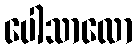
ပေါသာလော